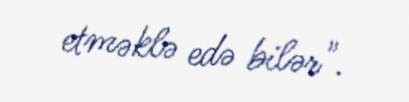
etməklə edə bilər".